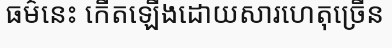
ធម៌នេះ កើតឡើងដោយសារហេតុច្រើន